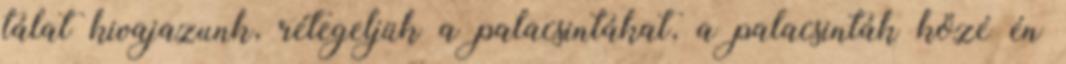
tálat kivajazunk, rétegeljük a palacsintákat, a palacsinták közé én